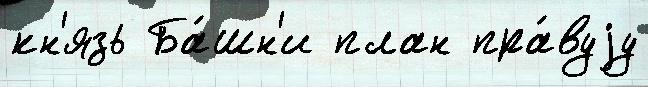
кн'язь Ба́шн'и план пра́вуjу